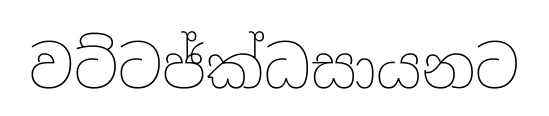
වට්ටජ්ක්ධසායනට